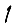
Digit: 1